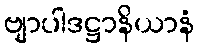
ဗျာပါဒဋ္ဌာနိယာနံ